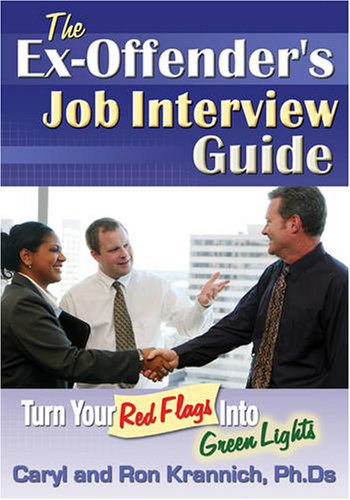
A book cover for The Ex-Offender's Job Interview Guide: Turn Your Red Flags Into Green Lights; Caryl Krannich; Business & Money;